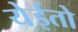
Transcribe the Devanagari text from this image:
येईतो